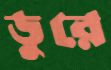
ডুরে